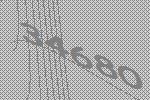
34680